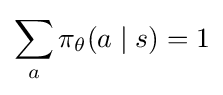
\sum _{a}\pi _{\theta }(a\mid s)=1